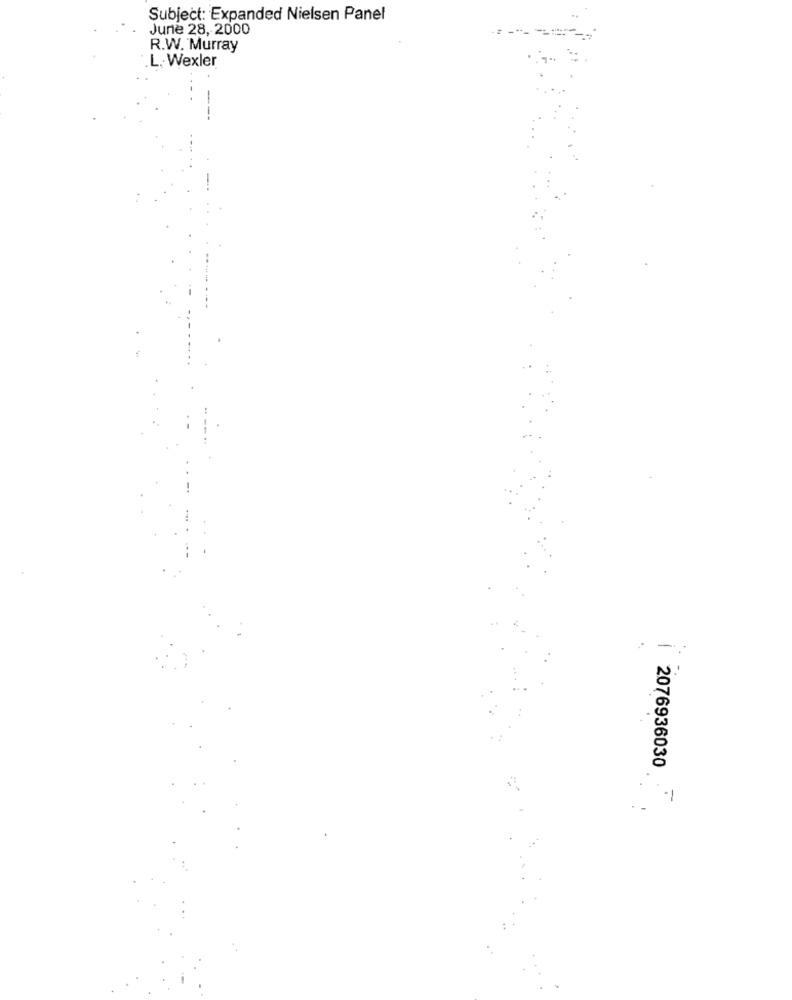
Subject: Expanded Nielsen Panel
June 28, 2000
R.W. Murray
.L. Wexler
| 2076936030